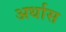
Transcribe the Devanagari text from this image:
अर्धास